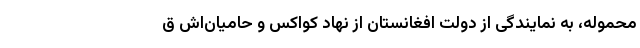
محموله، به نمایندگی از دولت افغانستان از نهاد کواکس و حامیان‌اش ق